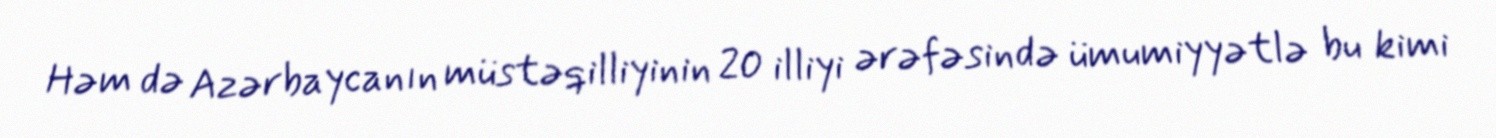
Həm də Azərbaycanın müstəqilliyinin 20 illiyi ərəfəsində ümumiyyətlə bu kimi